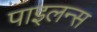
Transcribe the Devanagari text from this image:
पाइलन्स